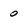
Character: 0